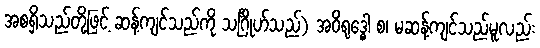
အစရှိသည်တို့ဖြင့် ဆန့်ကျင်သည်ကို သင်္ဂြိုဟ်သည်) အဝိရုဒ္ဓေါ စ၊ မဆန့်ကျင်သည်မူလည်း